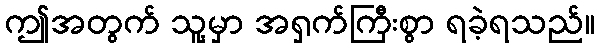
ဤအတွက် သူ့မှာ အရှက်ကြီးစွာ ရခဲ့ရသည်။